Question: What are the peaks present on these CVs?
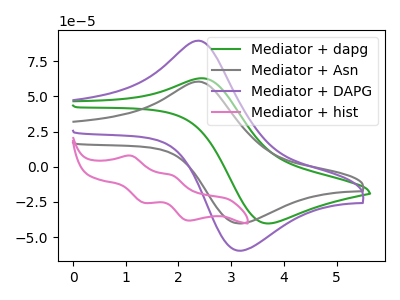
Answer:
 <answer>The green curve "Mediator + dapg" has an anodic peak at (2.45V, 62.85uA) and a cathodic peak at (3.70V, -40.30uA). The gray curve "Mediator + Asn" has an anodic peak at (2.40V, 60.50uA) and a cathodic peak at (3.20V, -40.30uA). The purple curve "Mediator + DAPG" has an anodic peak at (2.40V, 89.55uA) and a cathodic peak at (3.20V, -59.70uA). The pink curve "Mediator + hist" has anodic peaks at (1.10V, 7.85uA) (1.90V, -5.95uA) and cathodic peaks at (1.35V, -25.65uA) (2.20V, -38.25uA).</answer>
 <eval></eval>